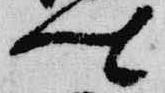
卿